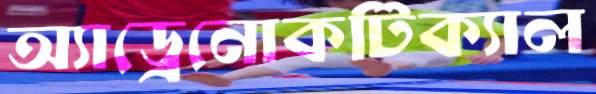
অ্যাড্রেনোকটিক্যাল